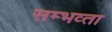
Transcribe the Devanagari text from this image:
सम्भव्ता